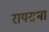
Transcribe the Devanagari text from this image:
रायसभा